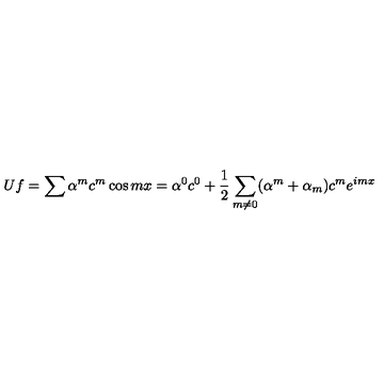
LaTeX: U f = \sum \alpha ^ { m } c ^ { m } \cos m x = \alpha ^ { 0 } c ^ { 0 } + \frac { 1 } { 2 } \sum _ { m \neq 0 } ( \alpha ^ { m } + \alpha _ { m } ) c ^ { m } e ^ { i m x }